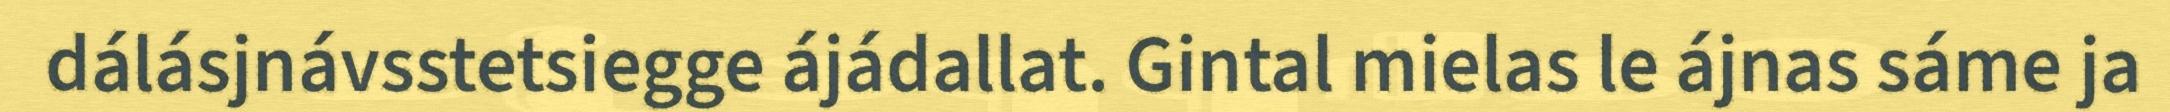
dálásjnávsstetsiegge ájádallat. Gintal mielas le ájnas sáme ja